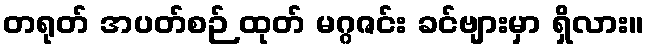
တရုတ် အပတ်စဉ် ထုတ် မဂ္ဂဇင်း ခင်ဗျားမှာ ရှိလား။